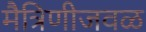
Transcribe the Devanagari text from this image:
मैत्रिणीजवळ